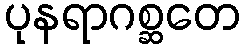
ပုနရာဂစ္ဆတေ